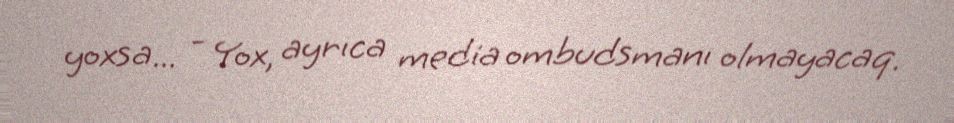
yoxsa... - Yox, ayrıca media ombudsmanı olmayacaq.